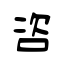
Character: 咨